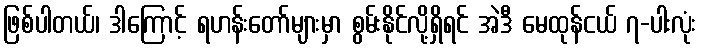
ဖြစ်ပါတယ်၊ ဒါကြောင့် ရဟန်းတော်များမှာ စွမ်းနိုင်လို့ရှိရင် အဲဒီ မေထုန်ငယ် ၇-ပါးလုံး